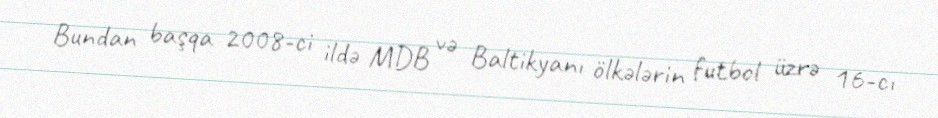
Bundan başqa 2008-ci ildə MDB və Baltikyanı ölkələrin futbol üzrə 16-cı